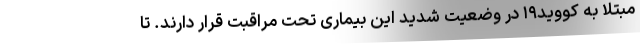
مبتلا به کووید۱۹ در وضعیت شدید این بیماری تحت مراقبت قرار دارند. تا